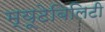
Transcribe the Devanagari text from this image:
म्यूटेबिलिटी